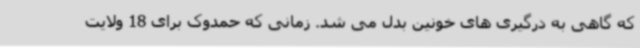
که گاهی به درگیری های خونین بدل می شد. زمانی که حمدوک برای 18 ولایت‌